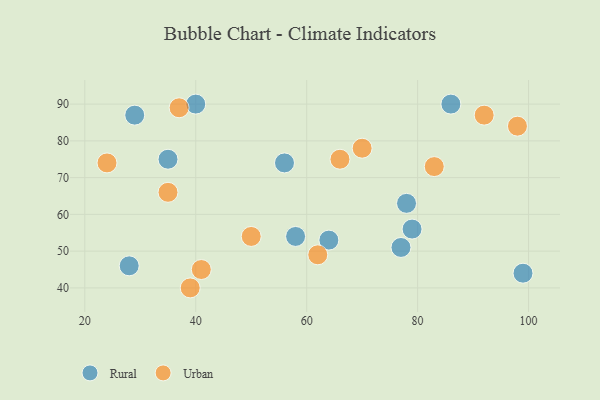
{"axis": {"x": "GDP", "y": "Life Expectancy"}, "legend": ["Rural", "Urban"], "data": [{"x": "78", "y": 63, "type": "Rural"}, {"x": "99", "y": 44, "type": "Rural"}, {"x": "28", "y": 46, "type": "Rural"}, {"x": "64", "y": 53, "type": "Rural"}, {"x": "79", "y": 56, "type": "Rural"}, {"x": "35", "y": 75, "type": "Rural"}, {"x": "40", "y": 90, "type": "Rural"}, {"x": "58", "y": 54, "type": "Rural"}, {"x": "86", "y": 90, "type": "Rural"}, {"x": "77", "y": 51, "type": "Rural"}, {"x": "56", "y": 74, "type": "Rural"}, {"x": "29", "y": 87, "type": "Rural"}, {"x": "41", "y": 45, "type": "Urban"}, {"x": "37", "y": 89, "type": "Urban"}, {"x": "83", "y": 73, "type": "Urban"}, {"x": "98", "y": 84, "type": "Urban"}, {"x": "39", "y": 40, "type": "Urban"}, {"x": "70", "y": 78, "type": "Urban"}, {"x": "92", "y": 87, "type": "Urban"}, {"x": "66", "y": 75, "type": "Urban"}, {"x": "62", "y": 49, "type": "Urban"}, {"x": "50", "y": 54, "type": "Urban"}, {"x": "35", "y": 66, "type": "Urban"}, {"x": "24", "y": 74, "type": "Urban"}]}